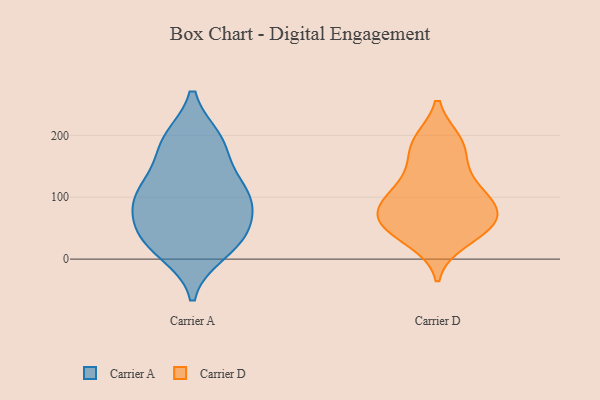
{"axis": {"x": "Churn Rate (%)", "y": "Value"}, "legend": ["Carrier A", "Carrier D"], "data": [{"x": "", "y": 190, "type": "Carrier A"}, {"x": "", "y": 12, "type": "Carrier A"}, {"x": "", "y": 180, "type": "Carrier A"}, {"x": "", "y": 86, "type": "Carrier A"}, {"x": "", "y": 192, "type": "Carrier A"}, {"x": "", "y": 106, "type": "Carrier A"}, {"x": "", "y": 119, "type": "Carrier A"}, {"x": "", "y": 42, "type": "Carrier A"}, {"x": "", "y": 99, "type": "Carrier A"}, {"x": "", "y": 32, "type": "Carrier A"}, {"x": "", "y": 110, "type": "Carrier A"}, {"x": "", "y": 27, "type": "Carrier A"}, {"x": "", "y": 59, "type": "Carrier A"}, {"x": "", "y": 58, "type": "Carrier D"}, {"x": "", "y": 189, "type": "Carrier D"}, {"x": "", "y": 59, "type": "Carrier D"}, {"x": "", "y": 125, "type": "Carrier D"}, {"x": "", "y": 48, "type": "Carrier D"}, {"x": "", "y": 177, "type": "Carrier D"}, {"x": "", "y": 31, "type": "Carrier D"}, {"x": "", "y": 87, "type": "Carrier D"}, {"x": "", "y": 96, "type": "Carrier D"}, {"x": "", "y": 83, "type": "Carrier D"}, {"x": "", "y": 86, "type": "Carrier D"}, {"x": "", "y": 52, "type": "Carrier D"}, {"x": "", "y": 131, "type": "Carrier D"}, {"x": "", "y": 188, "type": "Carrier D"}]}